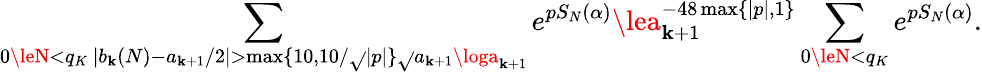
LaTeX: \sum_{\substack{0\leN<q_{K}\, |b_{\mathbf{k}}(N)-a_{\mathbf{k}+1}/2|>\operatorname*{max}\{ 10,10/\sqrt{}{{|p|}}\} \sqrt{}{{a_{\mathbf{k}+1}\loga_{\mathbf{k}+1}}}}}e^{pS_{N}(\alpha)}\lea_{\mathbf{k}+1}^{-48\operatorname*{max}\{ |p|,1\} }\sum_{0\leN<q_{K}}e^{pS_{N}(\alpha)}.